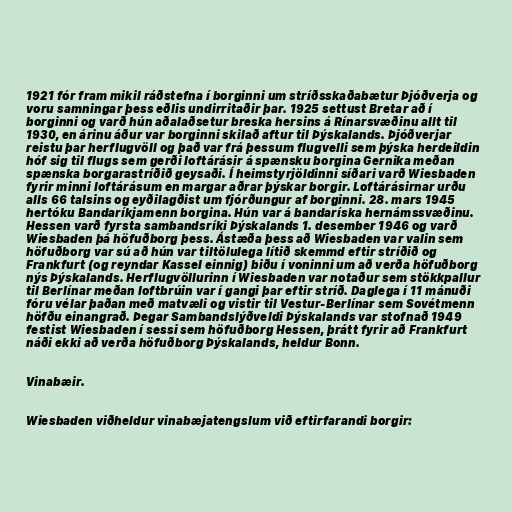
1921 fór fram mikil ráðstefna í borginni um stríðsskaðabætur Þjóðverja og
voru samningar þess eðlis undirritaðir þar. 1925 settust Bretar að í
borginni og varð hún aðalaðsetur breska hersins á Rínarsvæðinu allt til
1930, en árinu áður var borginni skilað aftur til Þýskalands. Þjóðverjar
reistu þar herflugvöll og það var frá þessum flugvelli sem þýska herdeildin
hóf sig til flugs sem gerði loftárásir á spænsku borgina Gernika meðan
spænska borgarastríðið geysaði. Í heimstyrjöldinni síðari varð Wiesbaden
fyrir minni loftárásum en margar aðrar þýskar borgir. Loftárásirnar urðu
alls 66 talsins og eyðilagðist um fjórðungur af borginni. 28. mars 1945
hertóku Bandaríkjamenn borgina. Hún var á bandaríska hernámssvæðinu.
Hessen varð fyrsta sambandsríki Þýskalands 1. desember 1946 og varð
Wiesbaden þá höfuðborg þess. Ástæða þess að Wiesbaden var valin sem
höfuðborg var sú að hún var tiltölulega lítið skemmd eftir stríðið og
Frankfurt (og reyndar Kassel einnig) biðu í voninni um að verða höfuðborg
nýs Þýskalands. Herflugvöllurinn í Wiesbaden var notaður sem stökkpallur
til Berlínar meðan loftbrúin var í gangi þar eftir stríð. Daglega í 11 mánuði
fóru vélar þaðan með matvæli og vistir til Vestur-Berlínar sem Sovétmenn
höfðu einangrað. Þegar Sambandslýðveldi Þýskalands var stofnað 1949
festist Wiesbaden í sessi sem höfuðborg Hessen, þrátt fyrir að Frankfurt
náði ekki að verða höfuðborg Þýskalands, heldur Bonn.

Vinabæir.

Wiesbaden viðheldur vinabæjatengslum við eftirfarandi borgir: